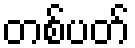
တစ်ပတ်